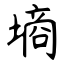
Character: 墒